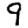
Digit: 9